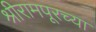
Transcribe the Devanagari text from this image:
श्रीरामपूरच्या